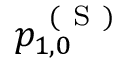
p _ { 1 , 0 } ^ { \mathrm { ~ ( ~ S ~ ) ~ } }